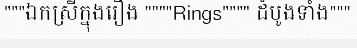
"""ឯកស្រីក្នុងរឿង """"Rings"""" ដំបូងទាំង"""